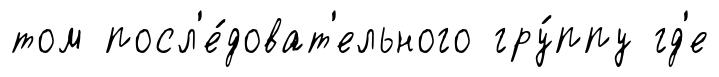
том посл'е́доват'ельного гру́ппу гд'е